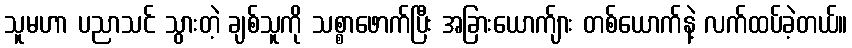
သူမဟာ ပညာသင် သွားတဲ့ ချစ်သူကို သစ္စာဖောက်ပြီး အခြားယောက်ျား တစ်ယောက်နဲ့ လက်ထပ်ခဲ့တယ်။